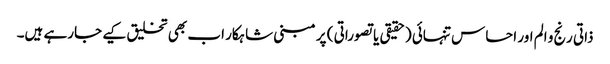
ذاتی رنج و الم اور احساس تنہائی (حقیقی یا تصوراتی ) پر مبنی شاہکار اب بھی تخلیق کیے جارہے ہیں۔